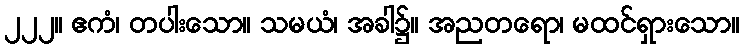
၂၂၂။ ဧကံ၊ တပါးသော။ သမယံ၊ အခါ၌။ အညတရော၊ မထင်ရှားသော။